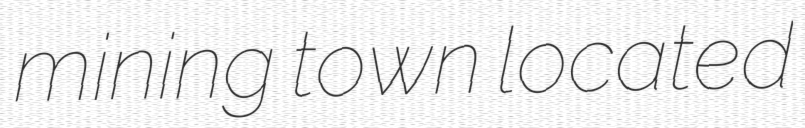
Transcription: mining town located